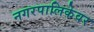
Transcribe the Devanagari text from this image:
नगरपालिकेवर